Civil Veterinary Department Bihar & Orissa reports 1929-36 - 1929-1936
Year: 1929
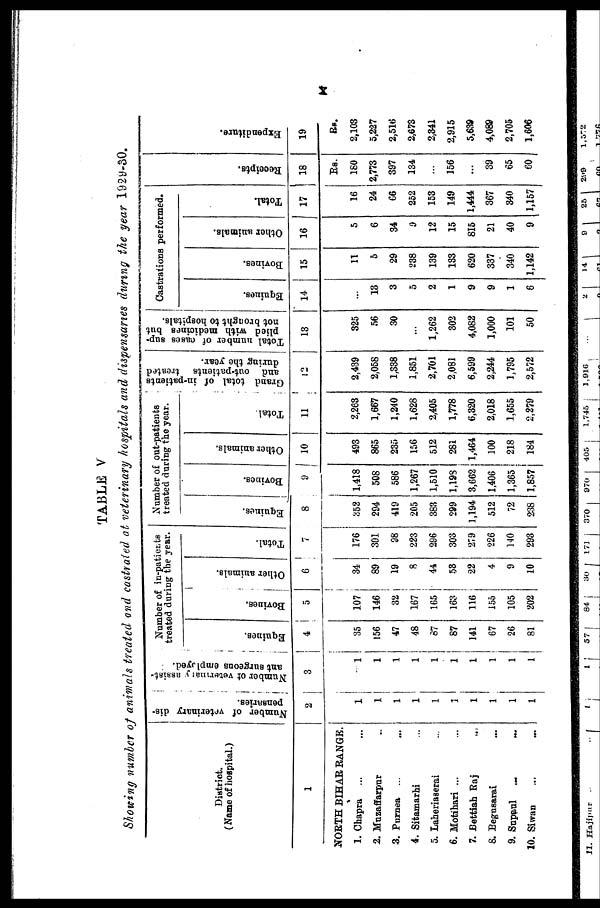
x
TABLE V
Showing number of animals treated and castrated at veterinary hospitals and dispensaries during the year 1929-30.
District.
(Name of hospital.)
1
NORTH BIHAR RANGE.
1. Chapra ... ...
2. Muzaffarpur ... ...
3. Purnea ... ...
4. Sitamarhi ... ...
5. Laheriaserai ...
6. Motihari ... ...
7. Bettiah Raj ... ...
8. Begusarai ... ...
9. Supaul ... ...
10. Siwan ... ...
Number of veterinary dis-
pensaries.
2
1
1
1
1
1
I
1
1
1
1
Number of veterinary assist-
ant surgeons employed. .
3
1
1
1
1
1
1
1
1
1
1
Number of in-patients
treated during the year.
Equines.
4
35
156
47
48
87
87
141
67
26
81
Bovines.
5
107
146
32
167
165
163
116
155
105
202
Other animals.
6
34
89
19
8
44
53
22
4
9
10
Total.
7
176
391
98
223
296
303
279
226
140
293
Number of out-patients
treated during the year.
Equines.
8
352
294
419
205
383
299
1,194
512
72
238
Bovines.
9
1,418
508
586
1,267
1,510
1,198
3,662
1,406
1,365
1,857
Other animals,
10
493
865
235
156
512
281
1,464
100
218
184
Total.
11
2,263
1,667
1,240
1,628
2,405
1,778
6,320
2,018
1,655
2,279
Grand total of in-patients
and out-patients treated
during the year.
12
2,439
2,058
1,338
1,851
2,701
2,081
6,599
2,244
1,795
2,572
Total number of oases sup-
plied with medicines but
not brought to hospitals.
13
325
56
30
...
1,262
302
4,082
1,000
101
50
Castrations performed.
Equines.
14
...
13
3
5
2
1
9
9
1
6
Bovines.
15
11
5
29
238
139
133
620
337
340
1,142
Other animals.
16
5
6
34
9
12
15
815
21
40
9
Total.
17
16
24
66
252
153
149
1,444
367
340
1,157
Recei pt s .
18
Rs.
180
2,773
397
134
...
156
...
39
65
60
Expe ndi t
ur e .
19
Rs.
2,103
5,227
2,516
2,673
2,341
2,915
5,639
4,089
2,705
1,606